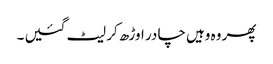
پھر وہ وہیں چا در اوڑھ کر لیٹ گئیں ۔